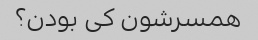
همسرشون کی بودن؟